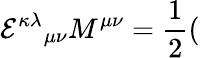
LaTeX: {{\cal E}^{\kappa\lambda}}_{\mu\nu}M^{\mu\nu}=\frac{1}{2}(